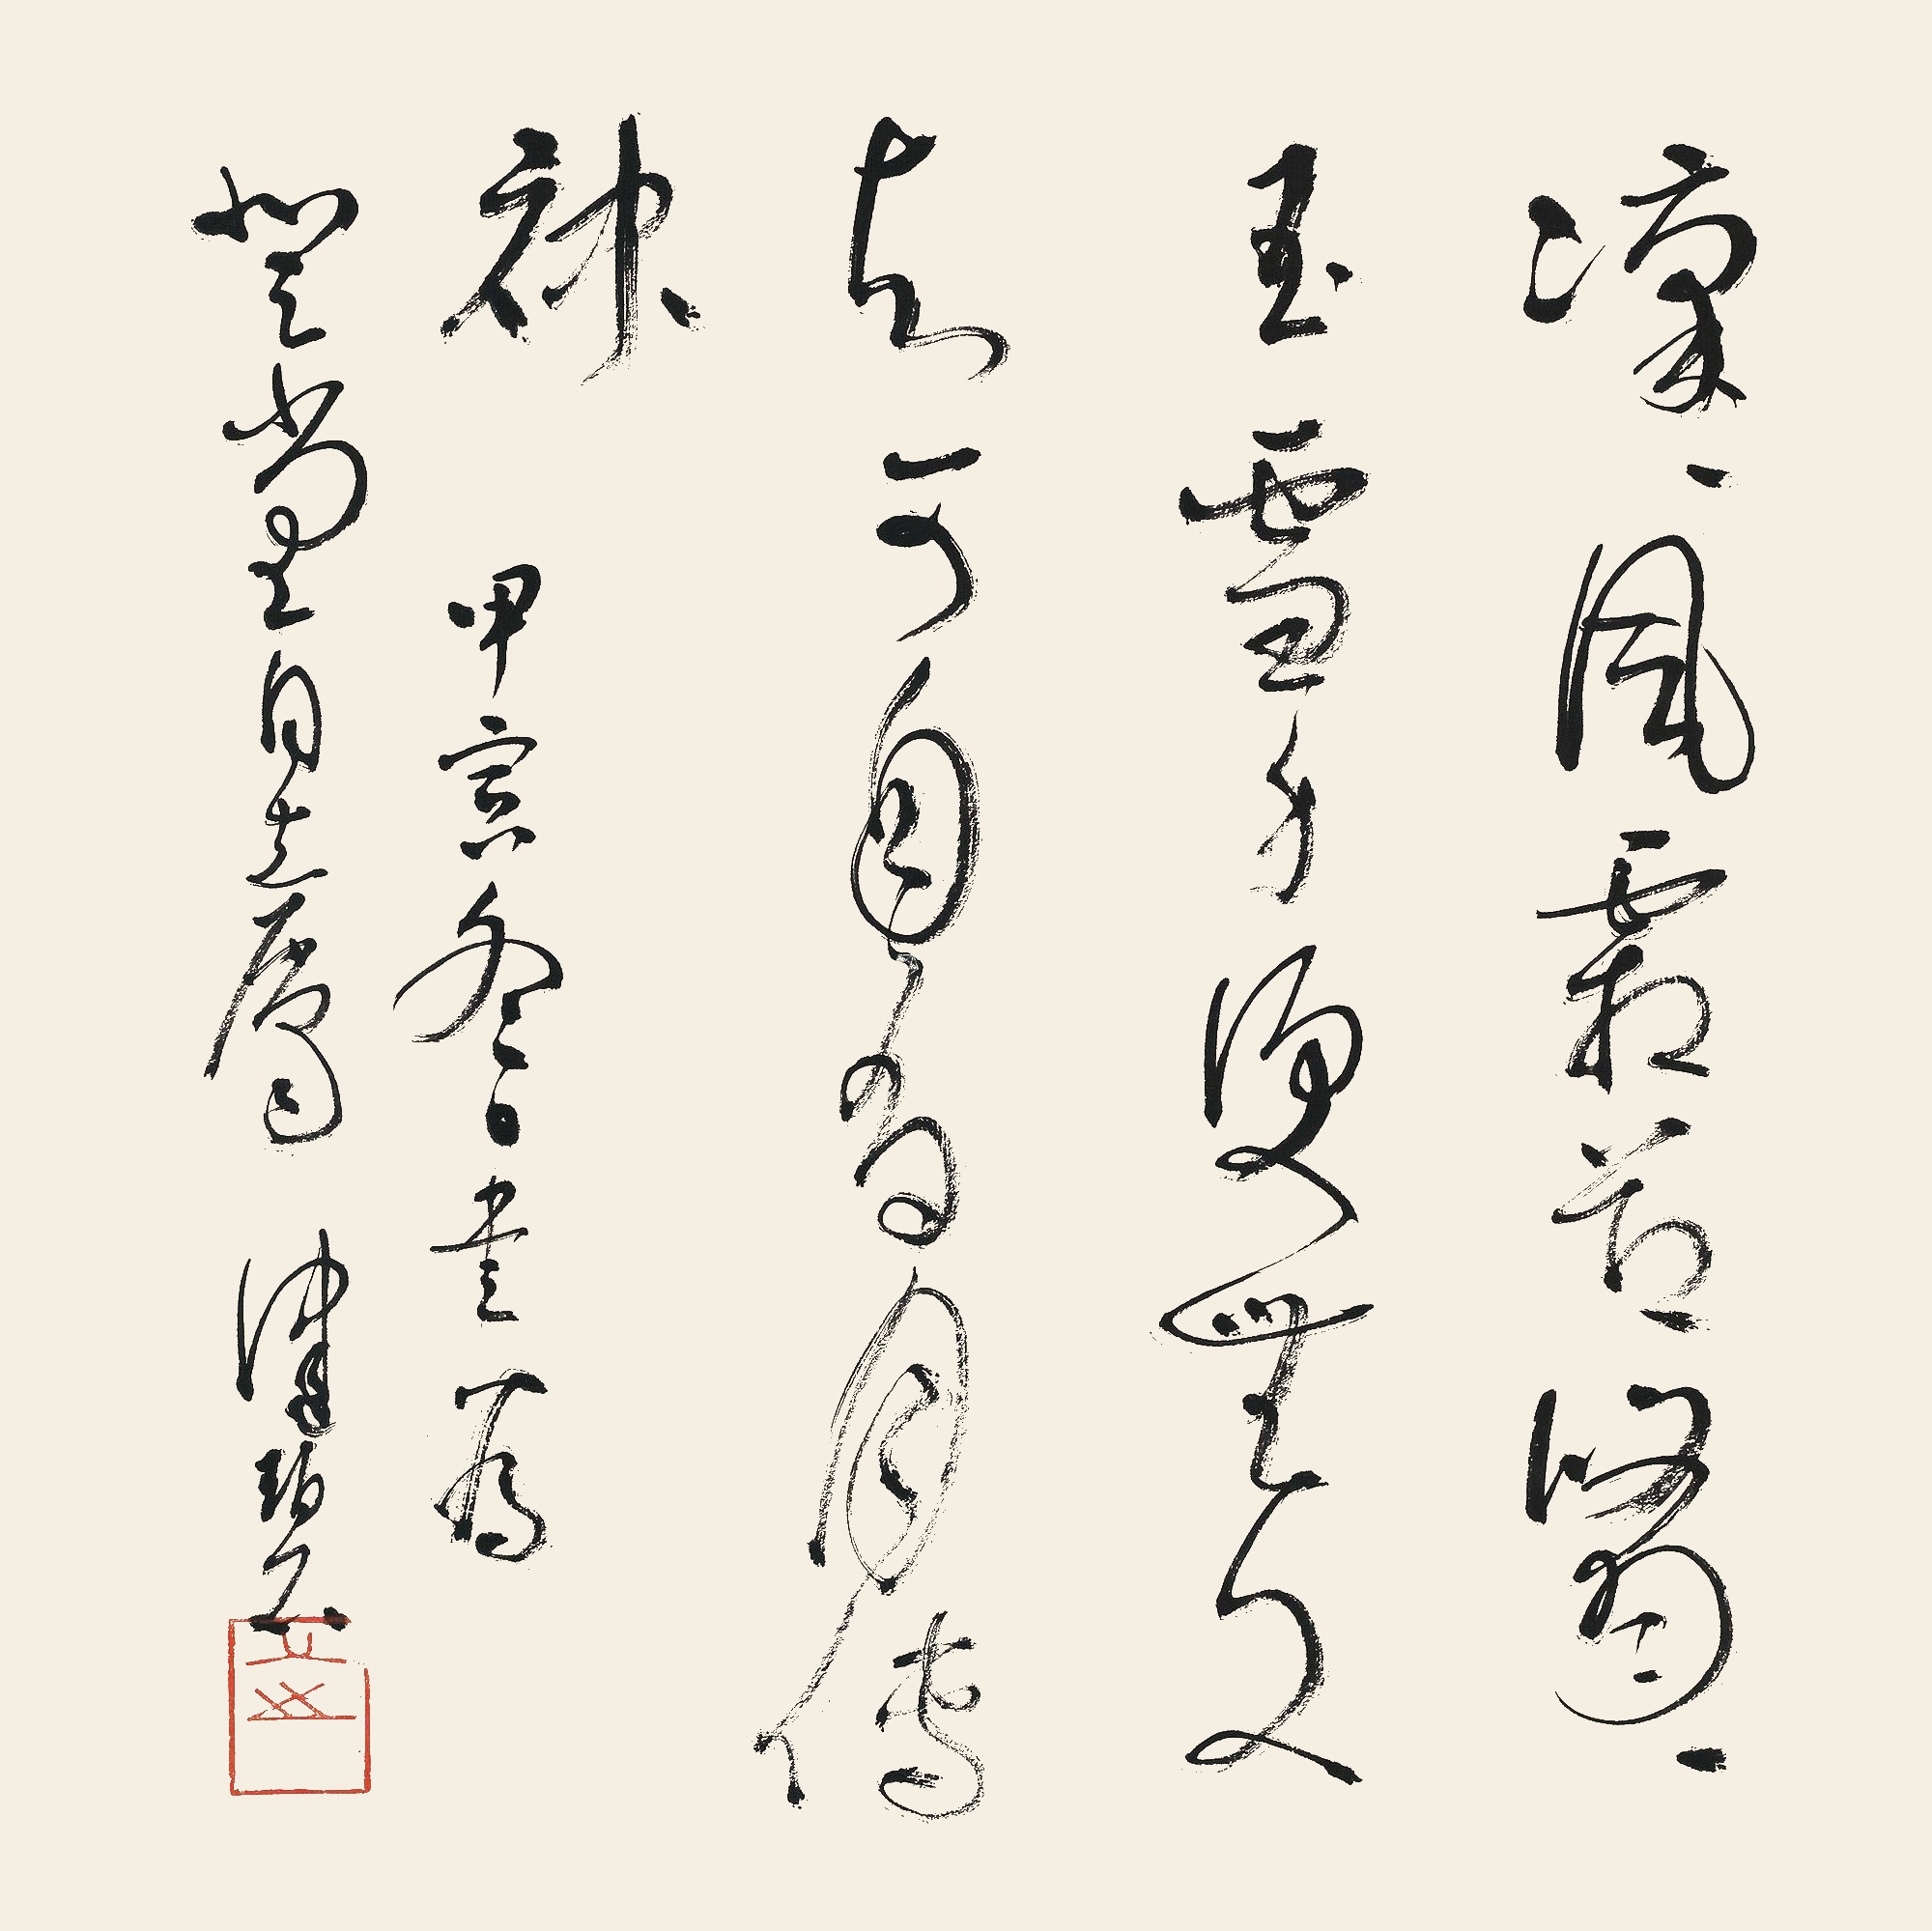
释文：凛凛风霜节，修修玉雪身。便无文与可，自有月传神。甲寅冬日，书为登堂同志属，健碧。